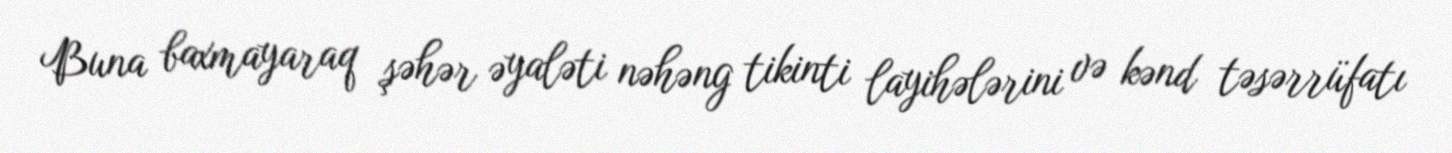
Buna baxmayaraq şəhər əyaləti nəhəng tikinti layihələrini və kənd təsərrüfatı